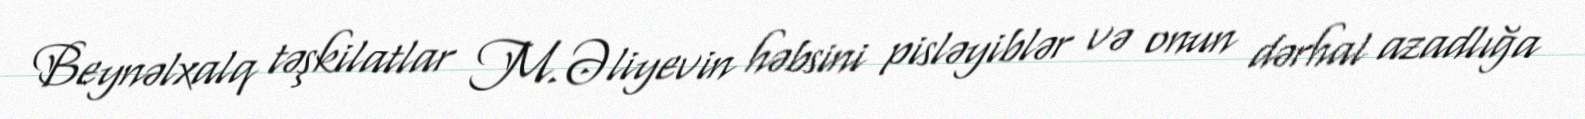
Beynəlxalq təşkilatlar M.Əliyevin həbsini pisləyiblər və onun dərhal azadlığa